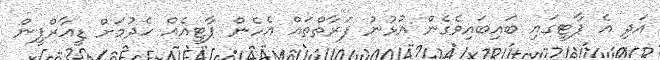
އަދި އެ ޕާޓީގައި ބައިބައިވެގެން އުޅުނު ފަރާތްތައް އެހެން ޕާޓީއެއް ހެދުމަށް ޑީއާރްޕީން